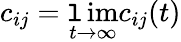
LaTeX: c_{ij}=\operatorname*{\mathtt{l}im}_{t\to\infty}c_{ij}(t)